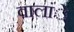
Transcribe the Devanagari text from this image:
वालांे